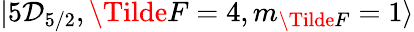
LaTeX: \lvert5\mathcal{D}_{5/2},\Tilde{F}=4,m_{\Tilde{F}}=1\rangle